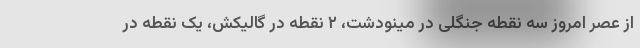
از عصر امروز سه نقطه جنگلی در مینودشت، ۲ نقطه در گالیکش، یک نقطه در